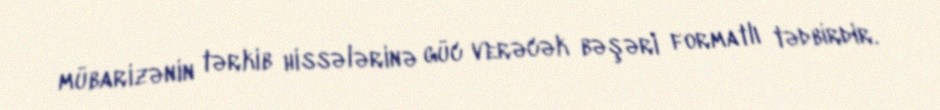
mübarizənin tərkib hissələrinə güc verəcək bəşəri formatlı tədbirdir.